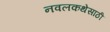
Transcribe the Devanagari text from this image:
नवलकथेसाठी